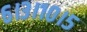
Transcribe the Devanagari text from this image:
६।३।१०।५